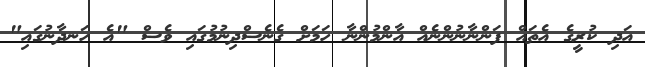
އަދި ކުރީގެ އެތައް ފަންނާނުންނެއް އާންމުންނާ ހަމަށް ގެނެސްދިނުމުގައި ވެސް "އެ ހަނދާނުގައި"